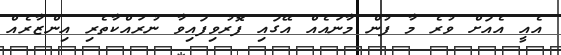
އެއީ އެއަށް ވުރެ މާ ފުން މާނައެއް އޭގައި ފޮރުވިފައިވާ ނުރައްކާތެރި އިންޒާރެއް